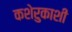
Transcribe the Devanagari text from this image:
कशेरुकाशी